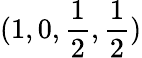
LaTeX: (1,0,\frac{1}{2},\frac{1}{2})